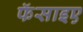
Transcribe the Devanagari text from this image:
फॅसाइए